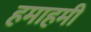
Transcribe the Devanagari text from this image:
हमाहमी